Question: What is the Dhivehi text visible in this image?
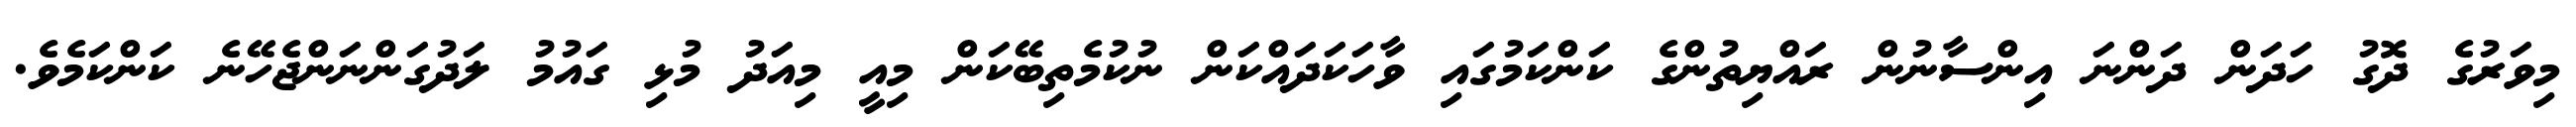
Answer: މިވަރުގެ ދޮގު ހަދަން ދަންނަ އިންސާނުން ރައްޔިތުންގެ ކަންކަމުގައި ވާހަކަދައްކަން ނުކުމެތިބޭކަން މިއީ މިއަދު މުޅި ގައުމު ލަދުގަންނަންޖެހޭނެ ކަންކަމެވެ.